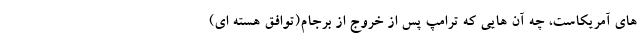
های آمریکاست، چه آن هایی که ترامپ پس از خروج از برجام(توافق هسته ای)